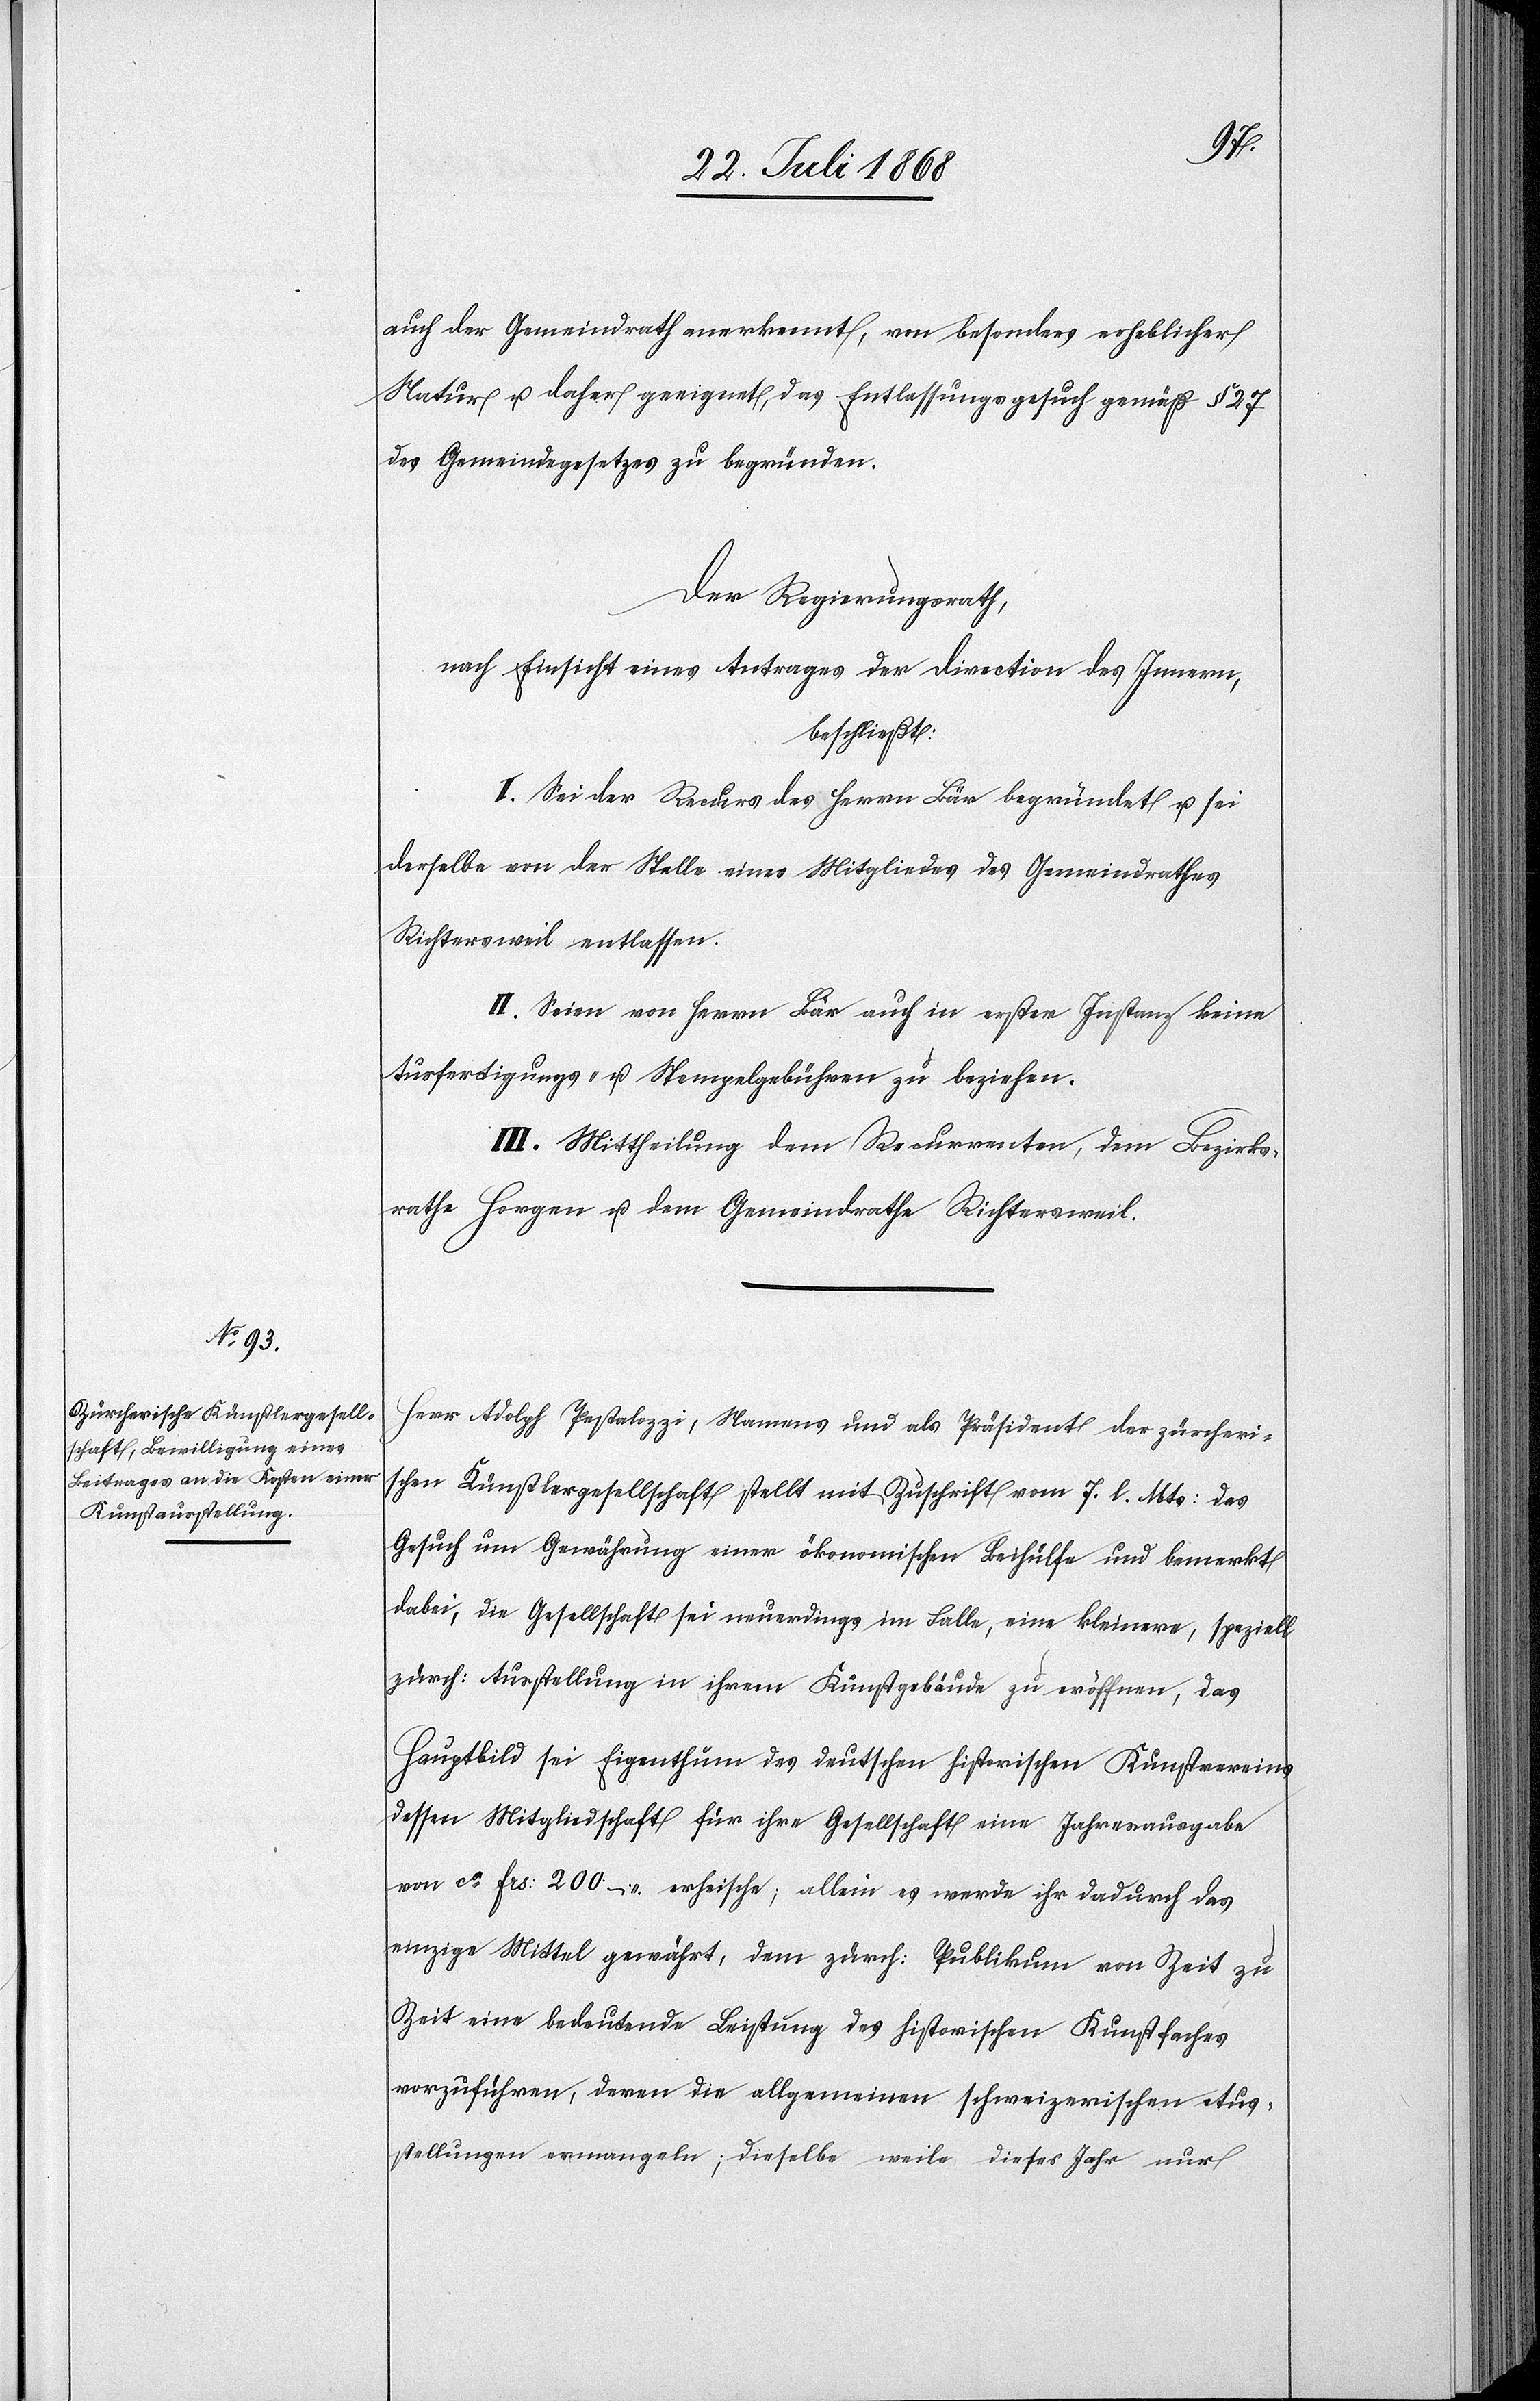
auch der Gemeindrath anerkennt, von besonders erheblicher
Natur u. daher geeignet, das Entlassungsgesuch gemäß § 27
des Gemeindegesetzes zu begründen.
Der Regierungsrath,
nach Einsicht eines Antrages der Direction des Innern,
beschließt:
I. Sei der Recurs des Herrn Bär begründet u. sei
derselbe von der Stelle eines Mitgliedes des Gemeindrathes
Richtersweil entlassen.
II. Seien von Herrn Bär auch in erster Instanz keine
Ausfertigungs- u. Stempelgebühren zu beziehen.
III. Mittheilung dem Recurrenten, dem Bezirks¬
rathe Horgen u. dem Gemeindrathe Richtersweil.
Herr Adolph Pestalozzi, Namens und als Präsident der zürcheri¬
schen Künstlergesellschaft stellt mit Zuschrift vom 7. l. Mts: das
Gesuch um Gewährung einer ökonomischen Beihülfe und bemerkt
dabei, die Gesellschaft sei neuerdings im Falle, eine kleinere, speziell
zürch: Ausstellung in ihrem Kunstgebäude zu eröffnen, das
Hauptbild sei Eigenthum des deutschen historischen Kunstvereins
dessen Mitgliedschaft für ihre Gesellschaft eine Jahresausgabe
von ca Frs: 200 – erheische; allein es werde ihr dadurch das
einzige Mittel gewährt, dem zürch: Publikum von Zeit zu
Zeit eine bedeutende Leistung des historischen Kunstfaches
vorzuführen, deren die allgemeinen schweizerischen Aus¬
stellungen ermangeln; dieselbe weile dieses Jahr nur